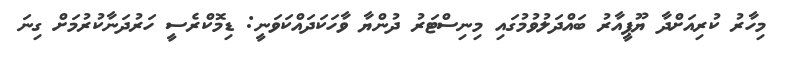
މިހާރު ކުރިއަށްދާ ޔޫޕީއާރު ބައްދަލުވުމުގައި މިނިސްޓަރު ދުންޔާ ވާހަކަދައްކަވަނީ: ޑިމޮކްރެސީ ހަރުދަނާކުރުމަށް ގިނަ